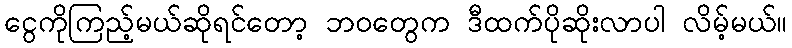
ငွေကိုကြည့်မယ်ဆိုရင်တော့ ဘဝတွေက ဒီထက်ပိုဆိုးလာပါ လိမ့်မယ်။